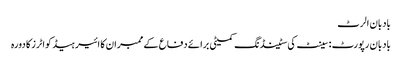
بادبان الرٹ
بادبان رپورٹ : سینٹ کی سٹینڈنگ کمیٹی برائے دفاع کے ممبران کا ائیر ہیڈ کواٹرز کا دورہ